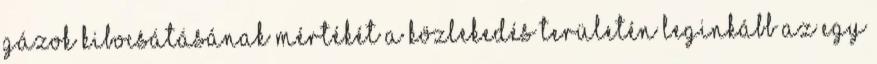
gázok kibocsátásának mértékét a közlekedés területén leginkább az egy